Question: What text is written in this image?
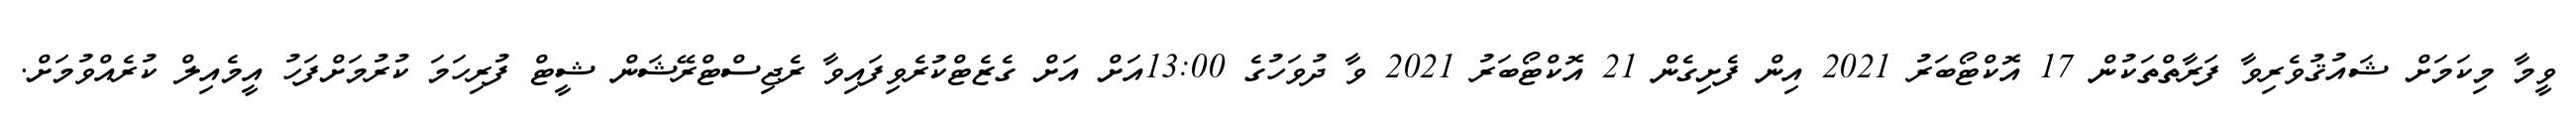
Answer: ވީމާ މިކަމަށް ޝައުޤުވެރިވާ ފަރާތްތަކުން 17 އޮކްޓޯބަރު 2021 އިން ފެށިގެން 21 އޮކްޓޯބަރު 2021 ވާ ދުވަހުގެ 13:00އަށް އަށް ގެޒެޓްކުރެވިފައިވާ ރެޖިސްޓްރޭޝަން ޝީޓް ފުރިހަމަ ކުރުމަށްފަހު އީމެއިލް ކުރެއްވުމަށް.